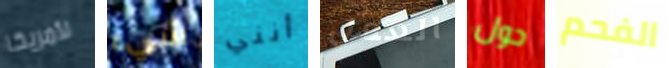
لأمريكا شيء أنني العمل حول الفحم